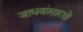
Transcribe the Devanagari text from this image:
जाधवांसारखे